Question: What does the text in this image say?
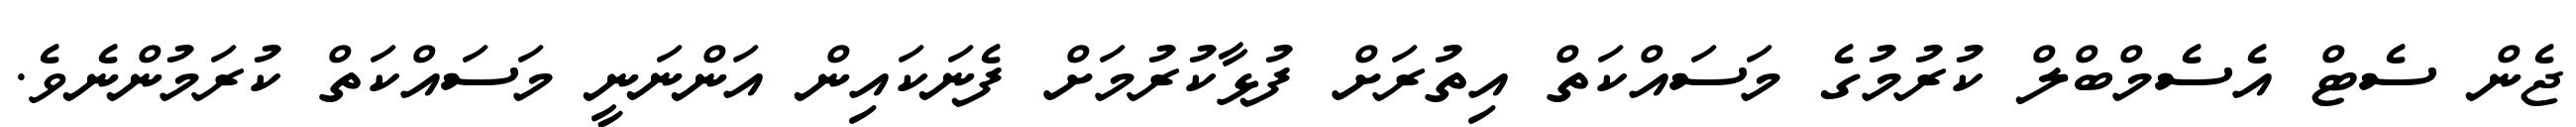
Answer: ޖެން ސެޓް އެސެމްބްލް ކުރުމުގެ މަސައްކަތް އިތުރަށް ފުޅާކުރުމަށް ފެނަކައިން އަންނަނީ މަސައްކަތް ކުރަމުންނެވެ.